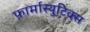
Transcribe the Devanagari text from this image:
फ़ार्मास्युटिक्स